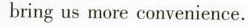
bring us more convenience.